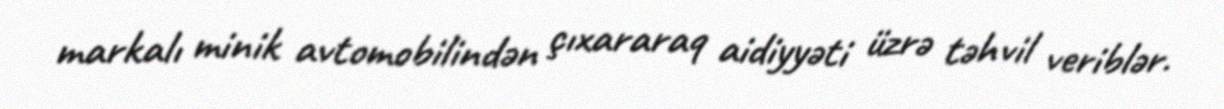
markalı minik avtomobilindən çıxararaq aidiyyəti üzrə təhvil veriblər.